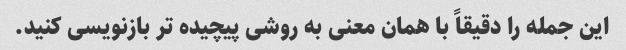
این جمله را دقیقاً با همان معنی به روشی پیچیده تر بازنویسی کنید.